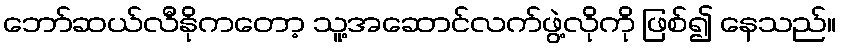
ဘော်ဆယ်လီနိုကတော့ သူ့အဆောင်လက်ဖွဲ့လိုကို ဖြစ်၍ နေသည်။